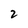
Character: 2